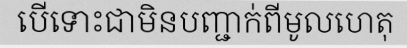
បើទោះជាមិនបញ្ជាក់ពីមូលហេតុ